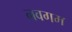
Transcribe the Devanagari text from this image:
नवगम